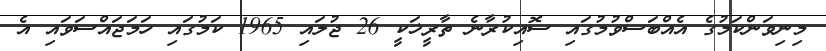
މިނިވަންކަމުގެ އެއްބަސްވުމުގައި ސޮއިކުރާނެ ތާރީޚަކީ 26 ޖުލައި 1965 ކަމުގައި ހަމަޖައްސަވައި އެ